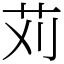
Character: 苅